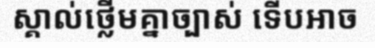
ស្គាល់ថ្លើមគ្នាច្បាស់ ទើបអាច